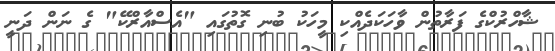
ޝާހްރުކްގެ ފަރާތުން ވާހަކަދެއްކި މީހަކު ބުނި ގޮތުގައި "އެސްއާރްކޭ" ގެ ނަން ދަނީ